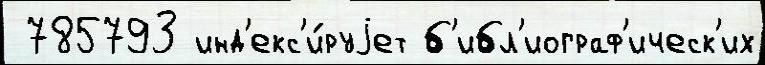
 785793 инд'екс'и́руjет б'ибл'иограф'ическ'их